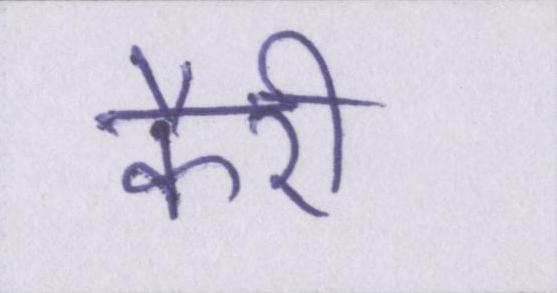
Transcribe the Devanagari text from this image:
कैरी